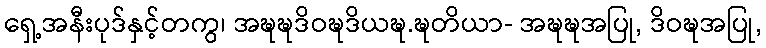
ရှေ့အနီးပုဒ်နှင့်တကွ၊ အဍ္ဎဍ္ဎဒိဝဍ္ဎဒိယဍ္ဎ.ဍ္ဎတိယာ- အဍ္ဎဍ္ဎအပြု, ဒိဝဍ္ဎအပြု,